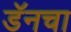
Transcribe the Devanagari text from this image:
डॅनचा